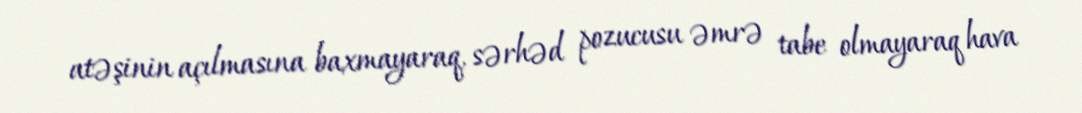
atəşinin açılmasına baxmayaraq, sərhəd pozucusu əmrə tabe olmayaraq hava